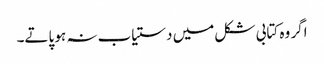
اگر وہ کتابی شکل میں دستیاب نہ ہو پاتے۔